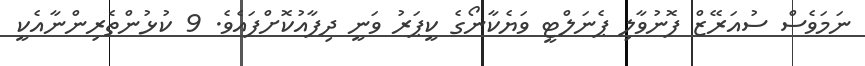
ނަމަވެސް ސުއަރޭޒް ފޮނުވާލި ޕެނަލްޓީ ވަޔެކާނޯގެ ކީޕަރު ވަނީ ދިފާއުކޮށްފައެވެ. 9 ކުޅުންތެރިންނާއެކީ